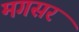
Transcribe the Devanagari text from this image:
मगसर